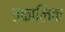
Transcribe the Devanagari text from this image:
तकालिक